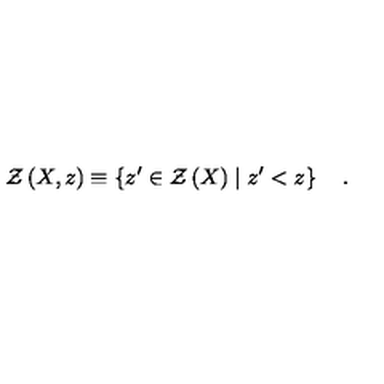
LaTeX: { \cal Z } \left( X , z \right) \equiv \left\{ z ^ { \prime } \in { \cal Z } \left( X \right) \mid z ^ { \prime } < z \right\} \quad .